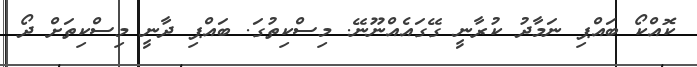
ކޮއްކޯ ބައްޕި ނަމާދު ކުރާނީ ގޭގައެއްނޫނޭ. މިސްކިތުގަ. ބައްޕި ދާނީ މިސްކިތަށް ދޯ